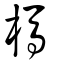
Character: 榪